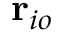
\mathbf { r } _ { i o }